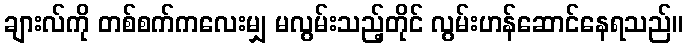
ချားလ်ကို တစ်စက်ကလေးမျှ မလွမ်းသည့်တိုင် လွမ်းဟန်ဆောင်နေရသည်။